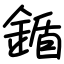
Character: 鍎